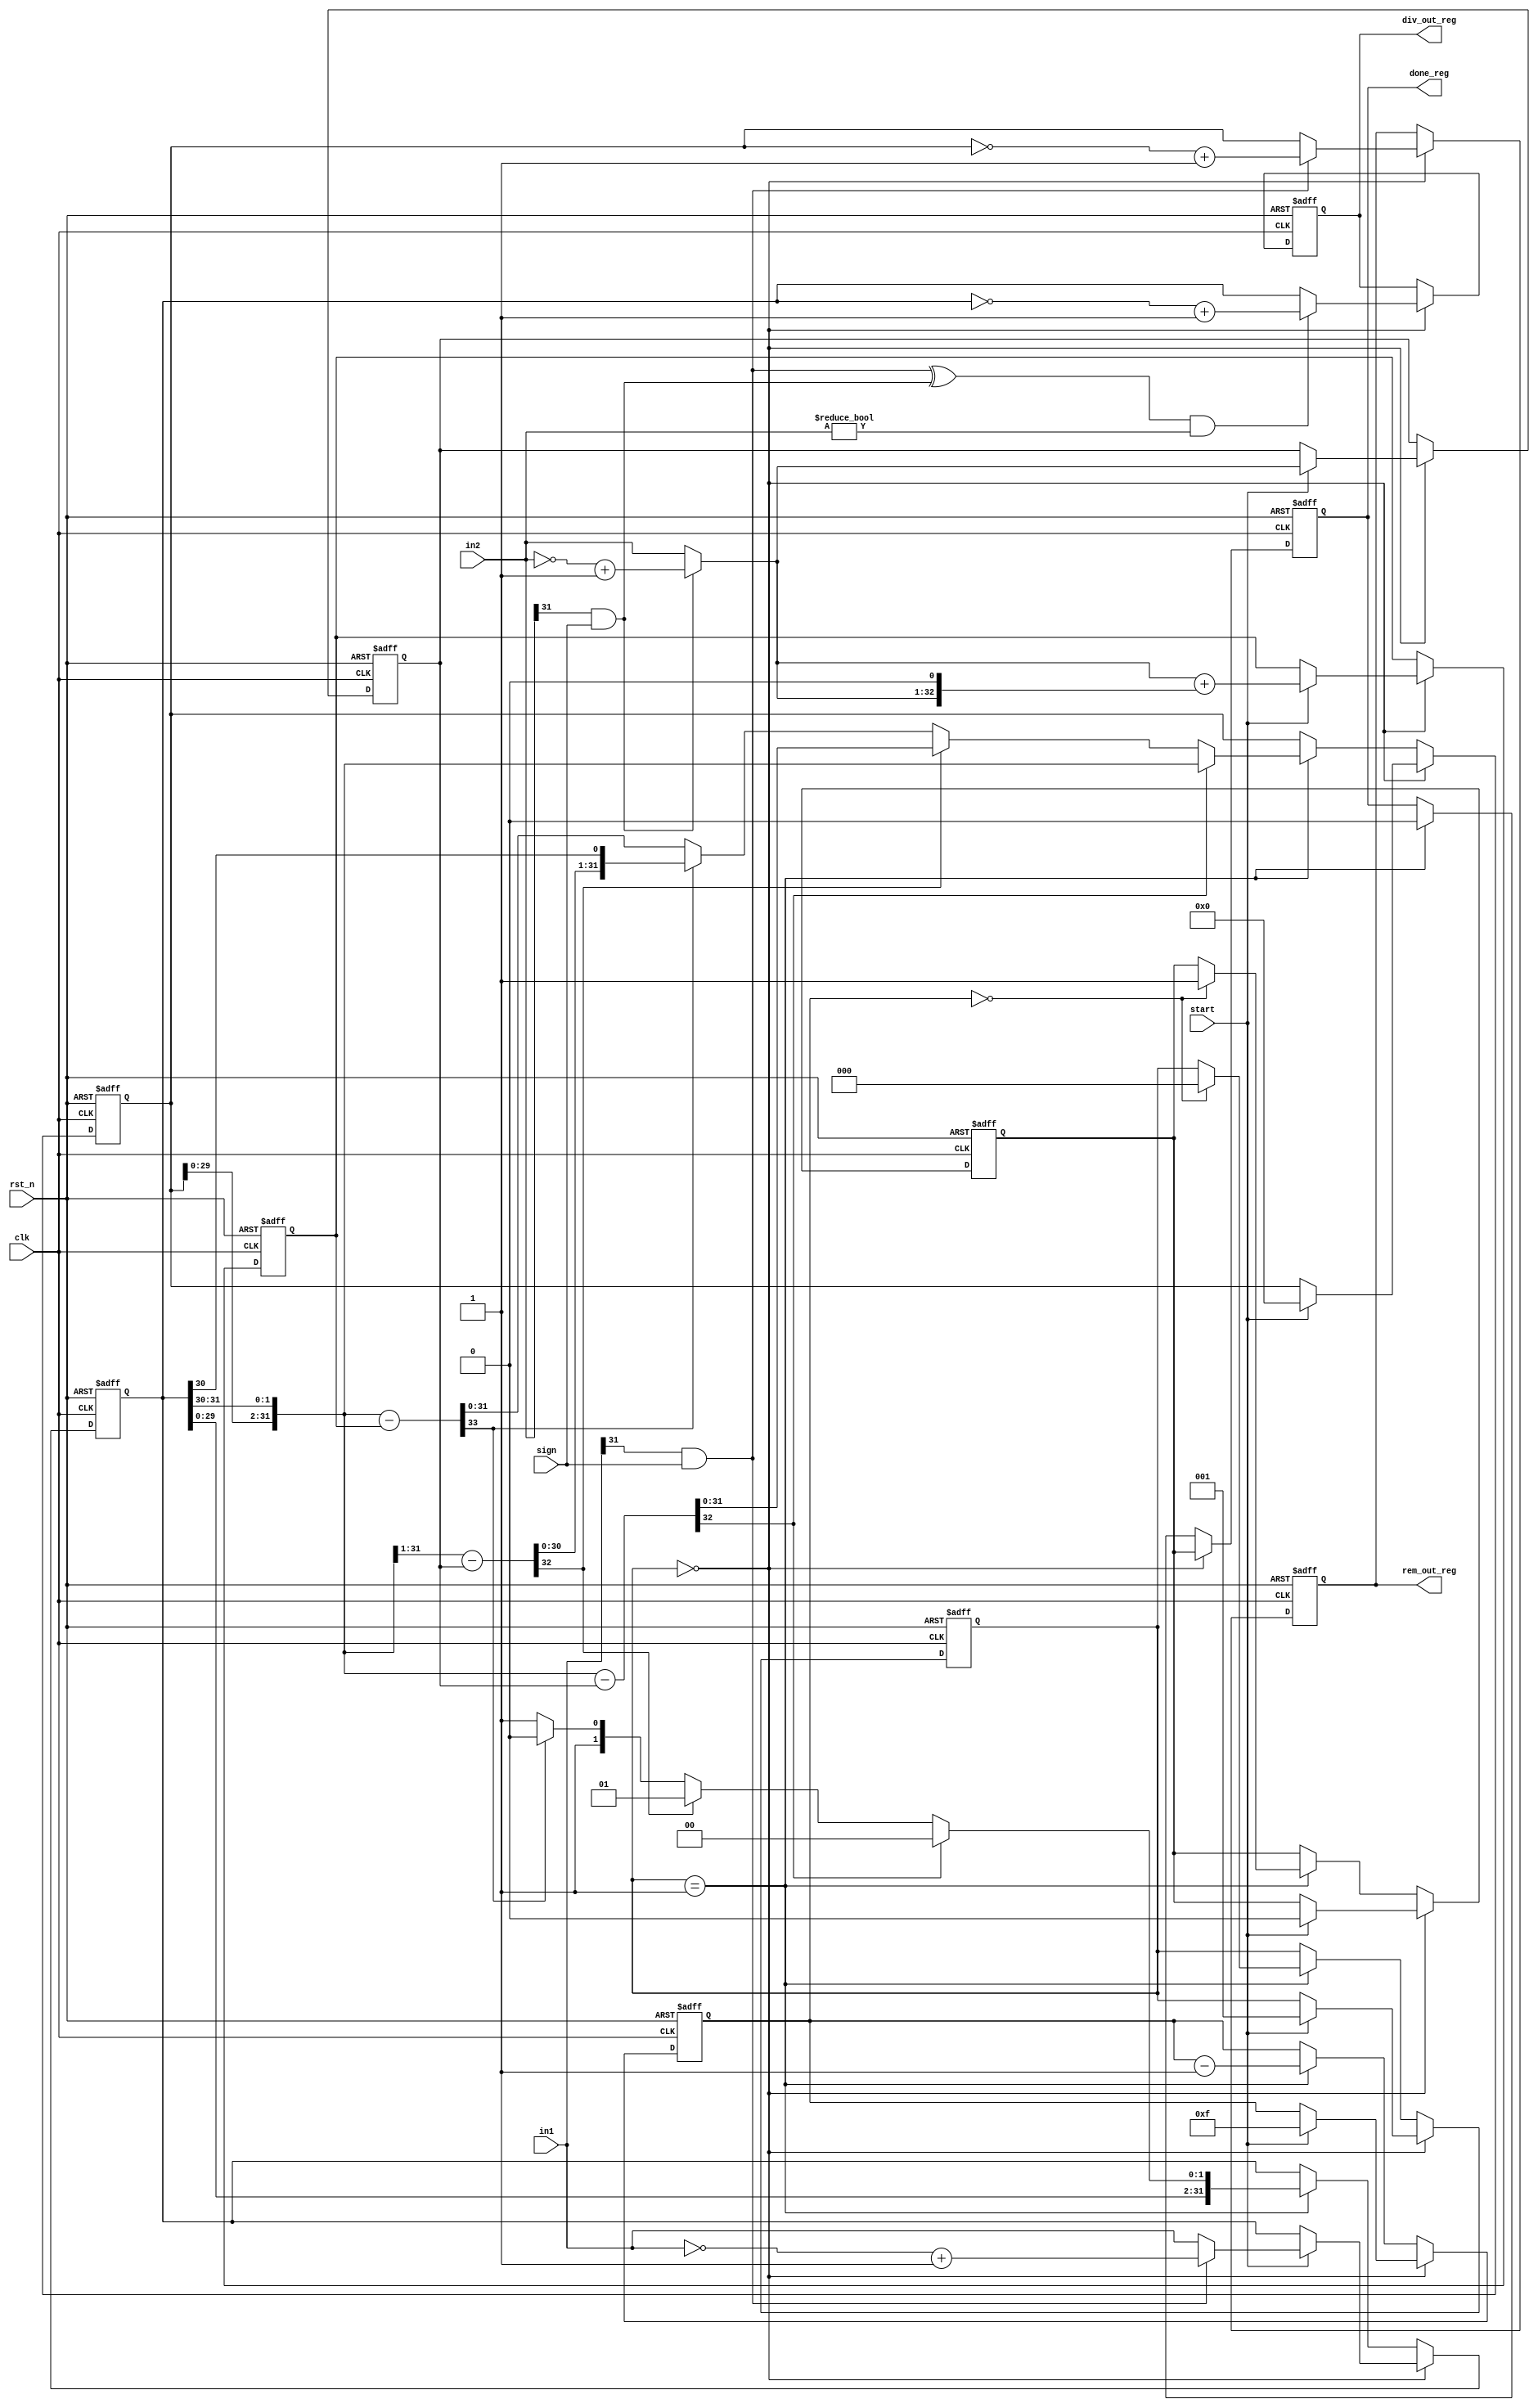
module divider_r4
#(
parameter DATA_WIDTH = 32
)
(
  input wire rst_n,
  input wire clk,
  input wire [DATA_WIDTH - 1: 0] in1, //divident
  input wire [DATA_WIDTH - 1: 0] in2, //divisor
  input wire sign,
  input wire start,
  output reg [DATA_WIDTH - 1: 0] div_out_reg,
  output reg [DATA_WIDTH - 1: 0] rem_out_reg,
  output reg done_reg
);

localparam STATE_WIDTH = 2;
localparam CNT_WIDTH = 5;

//----------- 
  reg [STATE_WIDTH: 0] state_reg; 
  reg [CNT_WIDTH - 1: 0] cnt_reg; 

//-----------
  reg [DATA_WIDTH - 1: 0] result_reg, denom_reg, work_reg;
  reg done_1_reg;
  reg[DATA_WIDTH + 1: 0] denom3_reg;
  
  wire in1_sign = in1[DATA_WIDTH - 1] && sign;
  wire in2_sign = in2[DATA_WIDTH - 1] && sign;
  wire result_sign = (in1_sign ^ in2_sign) && (in2 != 0);
  
  wire [DATA_WIDTH - 1: 0] x = in1_sign? (~in1 + 1'b1): in1; //unsigned divident
  wire [DATA_WIDTH - 1: 0] y = in2_sign? (~in2 + 1'b1): in2; //unsigned divisor
	
  wire [DATA_WIDTH: 0] diff_y = {work_reg[DATA_WIDTH - 3: 0], result_reg[DATA_WIDTH - 1: DATA_WIDTH - 2]} - denom_reg; // work - y
  wire [DATA_WIDTH: 0] diff_2y_1 = {work_reg[DATA_WIDTH - 3: 0], result_reg[DATA_WIDTH - 1]} - denom_reg; // (work - 2 * y) >> 1
  wire [DATA_WIDTH + 1: 0] diff_2y = {diff_2y_1, result_reg[DATA_WIDTH - 2]}; // work - 2 * y
 
 // wire[DATA_WIDTH + 1: 0] denom_3 = denom_reg + {denom_reg, 1'b0}; // 3 * y
  wire [DATA_WIDTH + 2: 0] diff_3y = {work_reg[DATA_WIDTH - 3: 0], result_reg[DATA_WIDTH - 1: DATA_WIDTH - 2]} - denom3_reg; // work - 3 * y

  wire [4: 0] cnt_next = cnt_reg - 1'b1;
  
always@(posedge clk, negedge rst_n)
begin
  if(!rst_n)
  begin
	div_out_reg <= 0;
	rem_out_reg <= 0;
	state_reg <= 0;
	cnt_reg <= 0;
	result_reg <= 0;
	denom_reg <= 0;
	denom3_reg <= 0;
	work_reg <= 0;
	done_reg <= 0;
	done_1_reg <= 0;
  end
  else
  begin
    if(state_reg == 1'b0)
	begin
	  if(start)
	  begin
       state_reg <= 1'b1;
		 result_reg <= x;
	    denom_reg <= y;
		 denom3_reg <= y + {y, 1'b0};
	    work_reg <= 0;
	    cnt_reg <= DATA_WIDTH / 2 - 1;
		 done_1_reg <= 0;
	  end
	  // end of prev cycle
	  div_out_reg <= result_sign? (~result_reg + 1'b1): result_reg;
	  rem_out_reg <= in1_sign? (~work_reg[DATA_WIDTH - 1: 0] + 1'b1): work_reg[DATA_WIDTH - 1: 0];
	  done_reg <= done_1_reg;  
	end
    else if(state_reg == 1'b1)
	begin
	  done_reg <= 1'b0;	
	  if(diff_y[DATA_WIDTH]) // if (work - y) is negative
	  begin
	    work_reg <= {work_reg[DATA_WIDTH - 3: 0], result_reg[DATA_WIDTH - 1: DATA_WIDTH - 2]}; 
		 result_reg <= {result_reg[DATA_WIDTH - 2: 0], 2'b00};
	  end
	  else //if positive
	  begin 
	    if(diff_2y_1[DATA_WIDTH]) // if (work - 2y) is negative
		begin
		  work_reg <= diff_y[DATA_WIDTH - 1: 0];
		  result_reg <= {result_reg[DATA_WIDTH - 2: 0], 2'b01};
		end
		else
		begin
		  if(diff_3y[DATA_WIDTH + 1]) // if (work - 3y) is negative
		  begin
		    work_reg <= diff_2y[DATA_WIDTH - 1: 0]; 
			 result_reg <= {result_reg[DATA_WIDTH - 2: 0], 2'b10};
		  end
		  else
		  begin
	       work_reg <= diff_3y[DATA_WIDTH - 1:0];
			 result_reg <= {result_reg[DATA_WIDTH - 2: 0], 2'b11};
		  end
		end
	  end
	  if(cnt_reg == 0)
	  begin
	    state_reg <= 1'b0;
		 done_1_reg <= 1'b1;
	  end
	  cnt_reg <= cnt_next;
	end
  end
end

endmodule